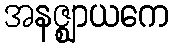
အနဇ္ဈာယကေ